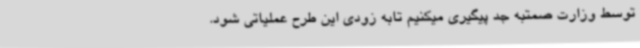
توسط وزارت صمتبه جد پیگیری میکنیم تابه زودی این طرح عملیاتی شود.